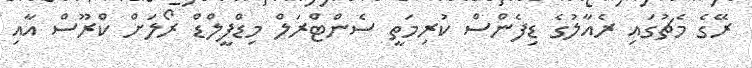
ރޭގެ މެޗުގައި ރެއާލުގެ ޑިފެންސް ކުރިމަތީ ސެންޓްރަލް މިޑްފީލްޑް ރޯލަށް ކްރޫސް އާއި